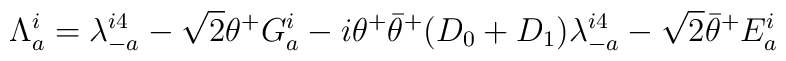
\Lambda_a^i=\lambda_{-a}^{i4} -\sqrt 2 \theta^+ G_a^i-i \theta^+ {\bar \theta}^+(D_0+D_1) \lambda_{-a}^{i4} -\sqrt 2 {\bar \theta}^+ E_a^i